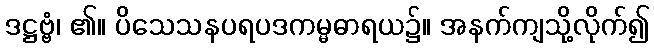
ဒဋ္ဌဗ္ဗံ၊ ၏။ ပိသေသနပရပဒကမ္မဓာရယ၌။ အနက်ကျသို့လိုက်၍